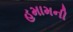
હમામની